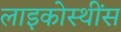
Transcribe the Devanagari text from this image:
लाइकोस्थींस